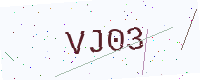
Text: VJ03